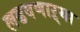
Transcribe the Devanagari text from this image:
लढवणाऱ्या